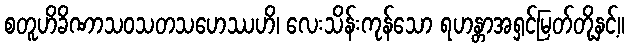
စတူဟိခိဏာသဝသတသဟေဿဟိ၊ လေးသိန်းကုန်သော ရဟန္တာအရှင်မြတ်တို့နှင့်။